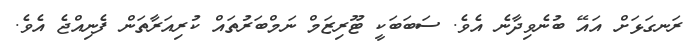
ރަނގަޅަށް އައޭ ބުނެވިދާނެ އެވެ. ސަބަބަކީ ޓޫރިޒަމް ނަމްބަރުތައް ކުރިއަރާތަން ފެނިއްޖެ އެވެ.